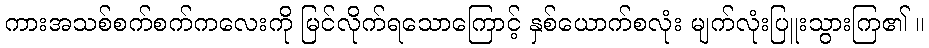
ကားအသစ်စက်စက်ကလေးကို မြင်လိုက်ရသောကြောင့် နှစ်ယောက်စလုံး မျက်လုံးပြူးသွားကြ၏ ။